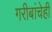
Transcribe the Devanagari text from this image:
गरीबांचेही